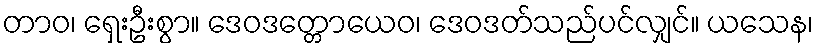
တာဝ၊ ရှေးဦးစွာ။ ဒေဝဒတ္တောယေဝ၊ ဒေဝဒတ်သည်ပင်လျှင်။ ယသေန၊